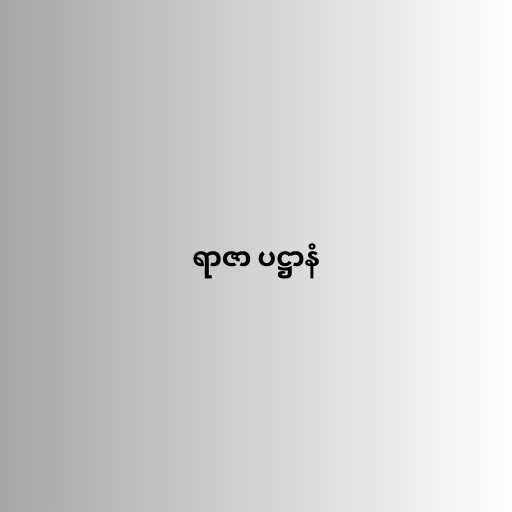
ရာဇာ ပဋ္ဌာနံ